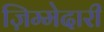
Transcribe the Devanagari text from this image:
ज़िम्मेदारी